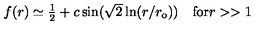
\begin{array} { c c } { f ( r ) \simeq \textstyle { \frac { 1 } { 2 } } + c \sin ( \sqrt { 2 } \ln ( r / r _ { \mathrm { { o } } } ) ) } & { \mathrm { f o r } r > > 1 } \\ \end{array}